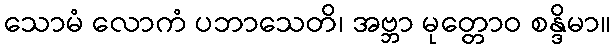
သောမံ လောကံ ပဘာသေတိ၊ အဗ္ဘာ မုတ္တောဝ စန္ဒိမာ။